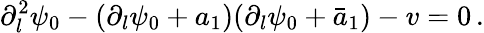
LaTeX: \partial_{l}^{2}\psi_{0}-(\partial_{l}\psi_{0}+a_{1})(\partial_{l}\psi_{0}+\bar{a}_{1})-v=0\, .